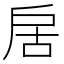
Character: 𭠄